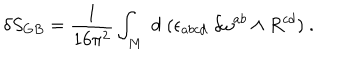
\delta S _ { G B } = { \frac { 1 } { 1 6 \pi ^ { 2 } } } \int _ { M } \; d \; ( \epsilon _ { a b c d } \; \delta \omega ^ { a b } \wedge R ^ { c d } ) \ .